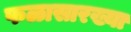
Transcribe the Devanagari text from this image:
फळासारख्या